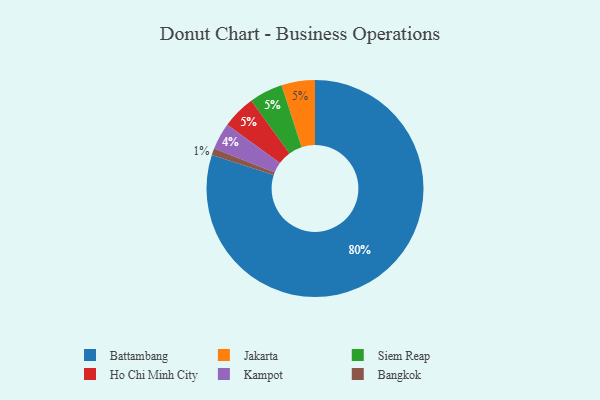
{"axis": {"x": "Category", "y": "Percentage"}, "legend": ["Bangkok", "Battambang", "Ho Chi Minh City", "Jakarta", "Kampot", "Siem Reap"], "data": [{"x": "Jakarta", "y": 5, "type": "Jakarta"}, {"x": "Siem Reap", "y": 5, "type": "Siem Reap"}, {"x": "Battambang", "y": 80, "type": "Battambang"}, {"x": "Bangkok", "y": 1, "type": "Bangkok"}, {"x": "Ho Chi Minh City", "y": 5, "type": "Ho Chi Minh City"}, {"x": "Kampot", "y": 4, "type": "Kampot"}]}